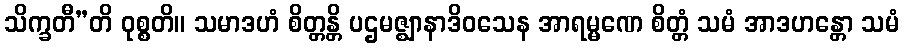
သိက္ခတီ”တိ ဝုစ္စတိ။ သမာဒဟံ စိတ္တန္တိ ပဌမဇ္ဈာနာဒိဝသေန အာရမ္မဏေ စိတ္တံ သမံ အာဒဟန္တော သမံ